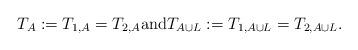
LaTeX: \begin{align*}T_A:=T_{1,A}=T_{2,A} \mbox{and}T_{A\cup L}&:=T_{1,A\cup L}=T_{2,A\cup L}.\end{align*}